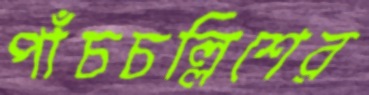
পাঁচচল্লিশের